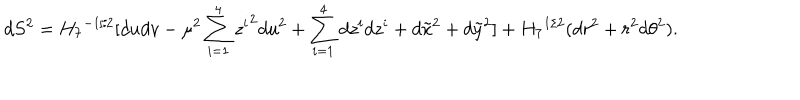
d S ^ { 2 } = { H _ { 7 } } ^ { - 1 / 2 } [ d u d v - \mu ^ { 2 } \sum _ { i = 1 } ^ { 4 } { z ^ { i } } ^ { 2 } d u ^ { 2 } + \sum _ { i = 1 } ^ { 4 } d z ^ { i } d z ^ { i } + d \tilde { x } ^ { 2 } + d \tilde { y } ^ { 2 } ] + { H _ { 7 } } ^ { 1 / 2 } ( d r ^ { 2 } + r ^ { 2 } d { \theta } ^ { 2 } ) .